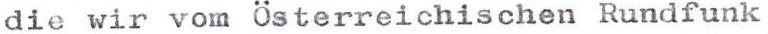
die wir vom Österreichischen Rundfunk